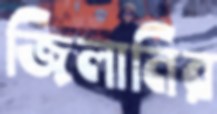
জিলানির